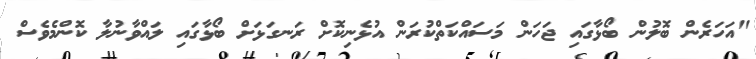
"އަހަރެން ބޮލުން ބޯޅާގައި ޖަހަން މަސައްކަތްކުރަން އުޅެނިކޮށް ރަނގަޅަށް ބޯޅާގައި ލައްވާނުލާ ކޮންމެވެސް